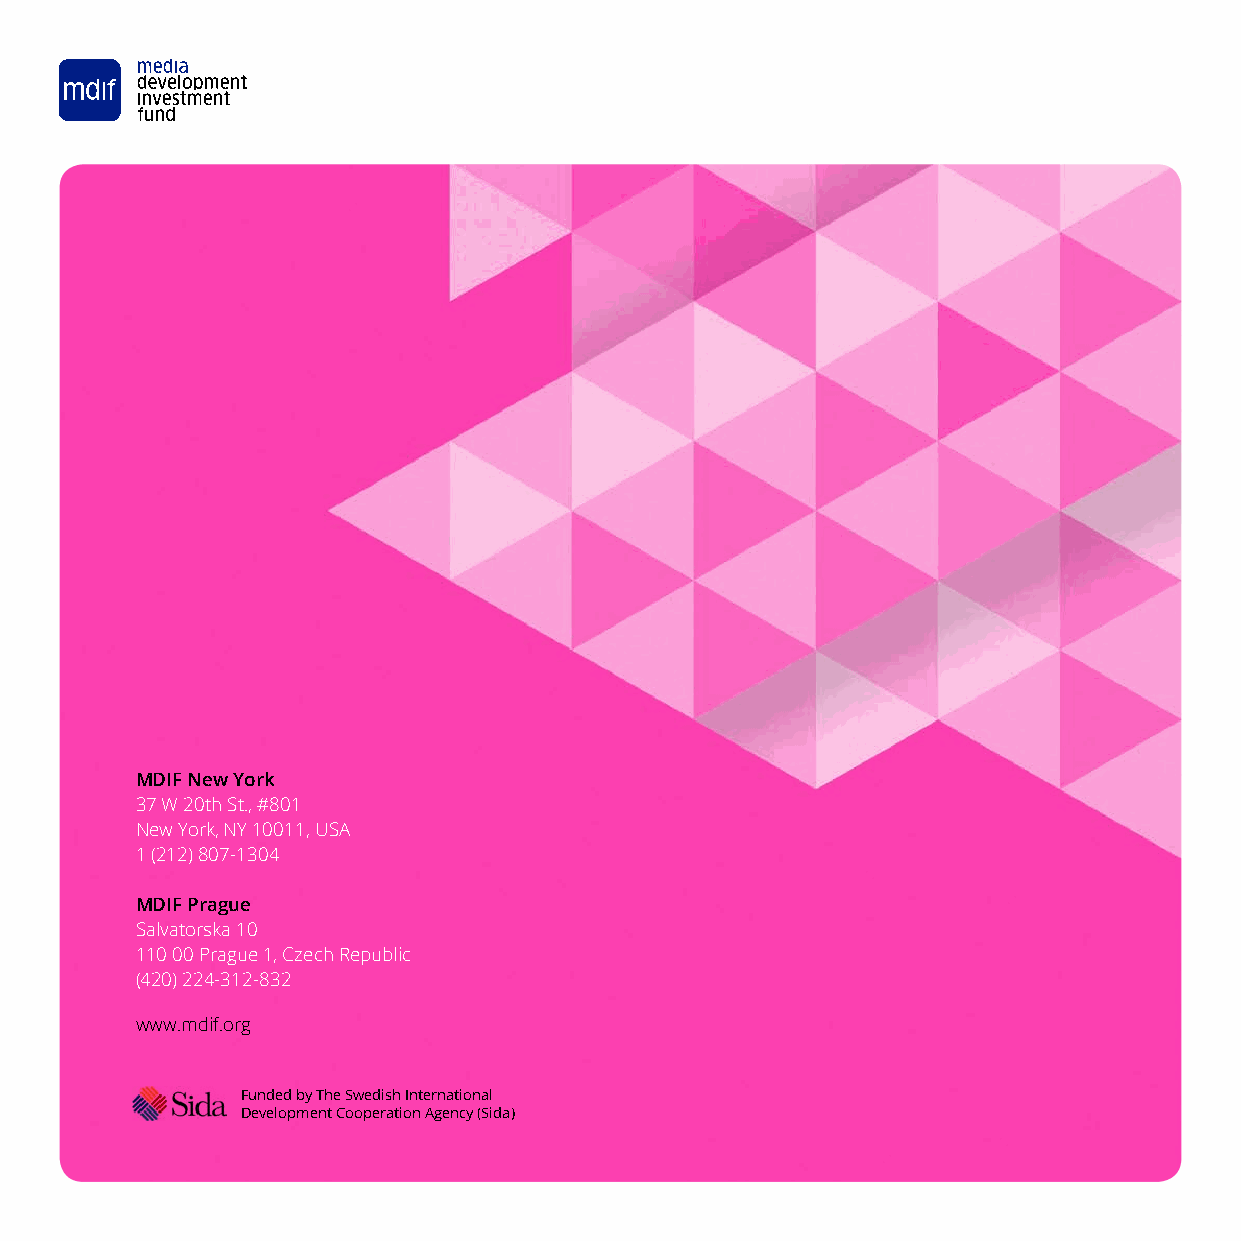
MDIF New York
 37 W 20th St., #801
 New York, NY 10011, USA
 1 (212) 807-1304
 MDIF Prague
 Salvatorska 10
 110 00 Prague 1, Czech Republic
 (420) 224-312-832
 www.mdif.org
 Funded by The Swedish International
 Development Cooperation Agency (Sida)